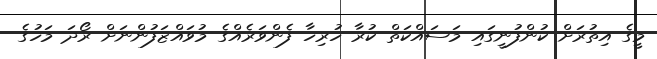
މީގެ އިތުރަށް ކުންފުނީގައި މަސައްކަތް ކުރާ ހުރިހާ ފެންވަރެއްގެ މުވައްޒަފުންނަށް ރޯދަ މަހުގެ